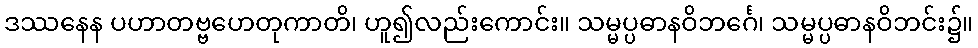
ဒဿနေန ပဟာတဗ္ဗဟေတုကာတိ၊ ဟူ၍လည်းကောင်း။ သမ္မပ္ပဓာနဝိဘင်္ဂေ၊ သမ္မပ္ပဓာနဝိဘင်း၌။